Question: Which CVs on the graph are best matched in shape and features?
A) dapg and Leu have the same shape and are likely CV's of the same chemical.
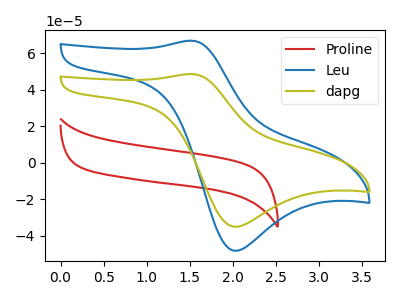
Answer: <think>The red curve "Proline" has no peaks. The blue curve "Leu" has an anodic peak at (1.55V, 66.95uA) and a cathodic peak at (2.00V, -48.30uA). The olive curve "dapg" has an anodic peak at (1.55V, 48.70uA) and a cathodic peak at (2.00V, -35.10uA).
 "Proline" and "Leu" have a different number of peaks. "Proline" and "dapg" have a different number of peaks. All the peaks in "Leu" have a peak in "dapg" at the same potential. Every peak in "Leu" is higher than every peak in "dapg".</think>
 <answer>A) "dapg" and "Leu" have the same shape and are likely CV's of the same chemical.</answer>
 <eval>A</eval>